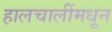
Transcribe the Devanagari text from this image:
हालचालींमधून